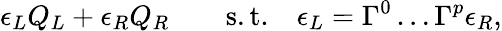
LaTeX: \epsilon_{L}Q_{L}+\epsilon_{R}Q_{R}\qquad\mathrm{s.t.}\quad\epsilon_{L}=\Gamma^{0}\ldots\Gamma^{p}\epsilon_{R},